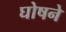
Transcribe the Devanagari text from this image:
घोषने